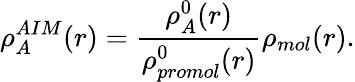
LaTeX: \rho_{A}^{AIM}(r)=\frac{\rho_{A}^{0}(r)}{\rho_{promol}^{0}(r)}\rho_{mol}(r).